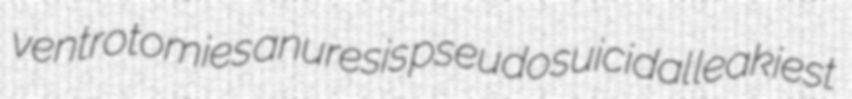
ventrotomies anuresis pseudosuicidal leakiest